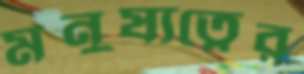
মনুষ্যত্বের